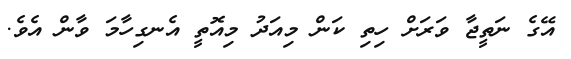
އޭގެ ނަތީޖާ ވަރަށް ހިތި ކަން މިއަދު މިއޮތީ އެނގިހާމަ ވާން އެވެ.